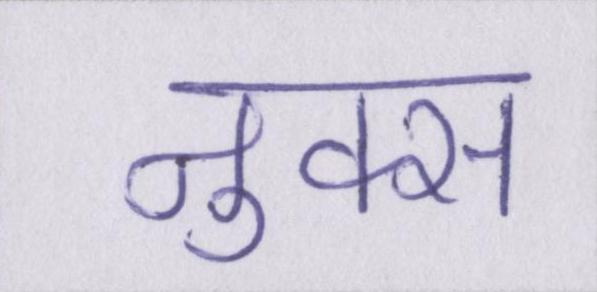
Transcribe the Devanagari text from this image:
नुक्स